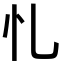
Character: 𢖪